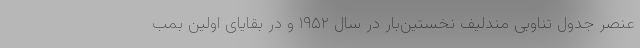
عنصر جدول تناوبی مندلیف نخستین‌بار در سال ۱۹۵۲ و در بقایای اولین بمب